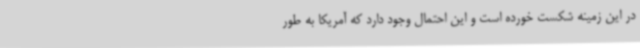
در این زمینه شکست خورده است و این احتمال وجود دارد که آمریکا به طور